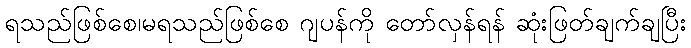
ရသည်ဖြစ်စေ၊မရသည်ဖြစ်စေ ဂျပန်ကို တော်လှန်ရန် ဆုံးဖြတ်ချက်ချပြီး